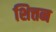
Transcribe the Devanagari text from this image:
शित्तन